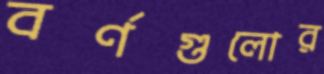
বর্ণগুলোর